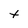
Character: t